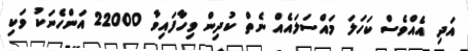
އަދި އެއްވެސް ކަހަލަ މައްސަލައެއް ނެތް ކުދިން ވިހާފައިވާ 22000 އަންހެނަކު ވަކި